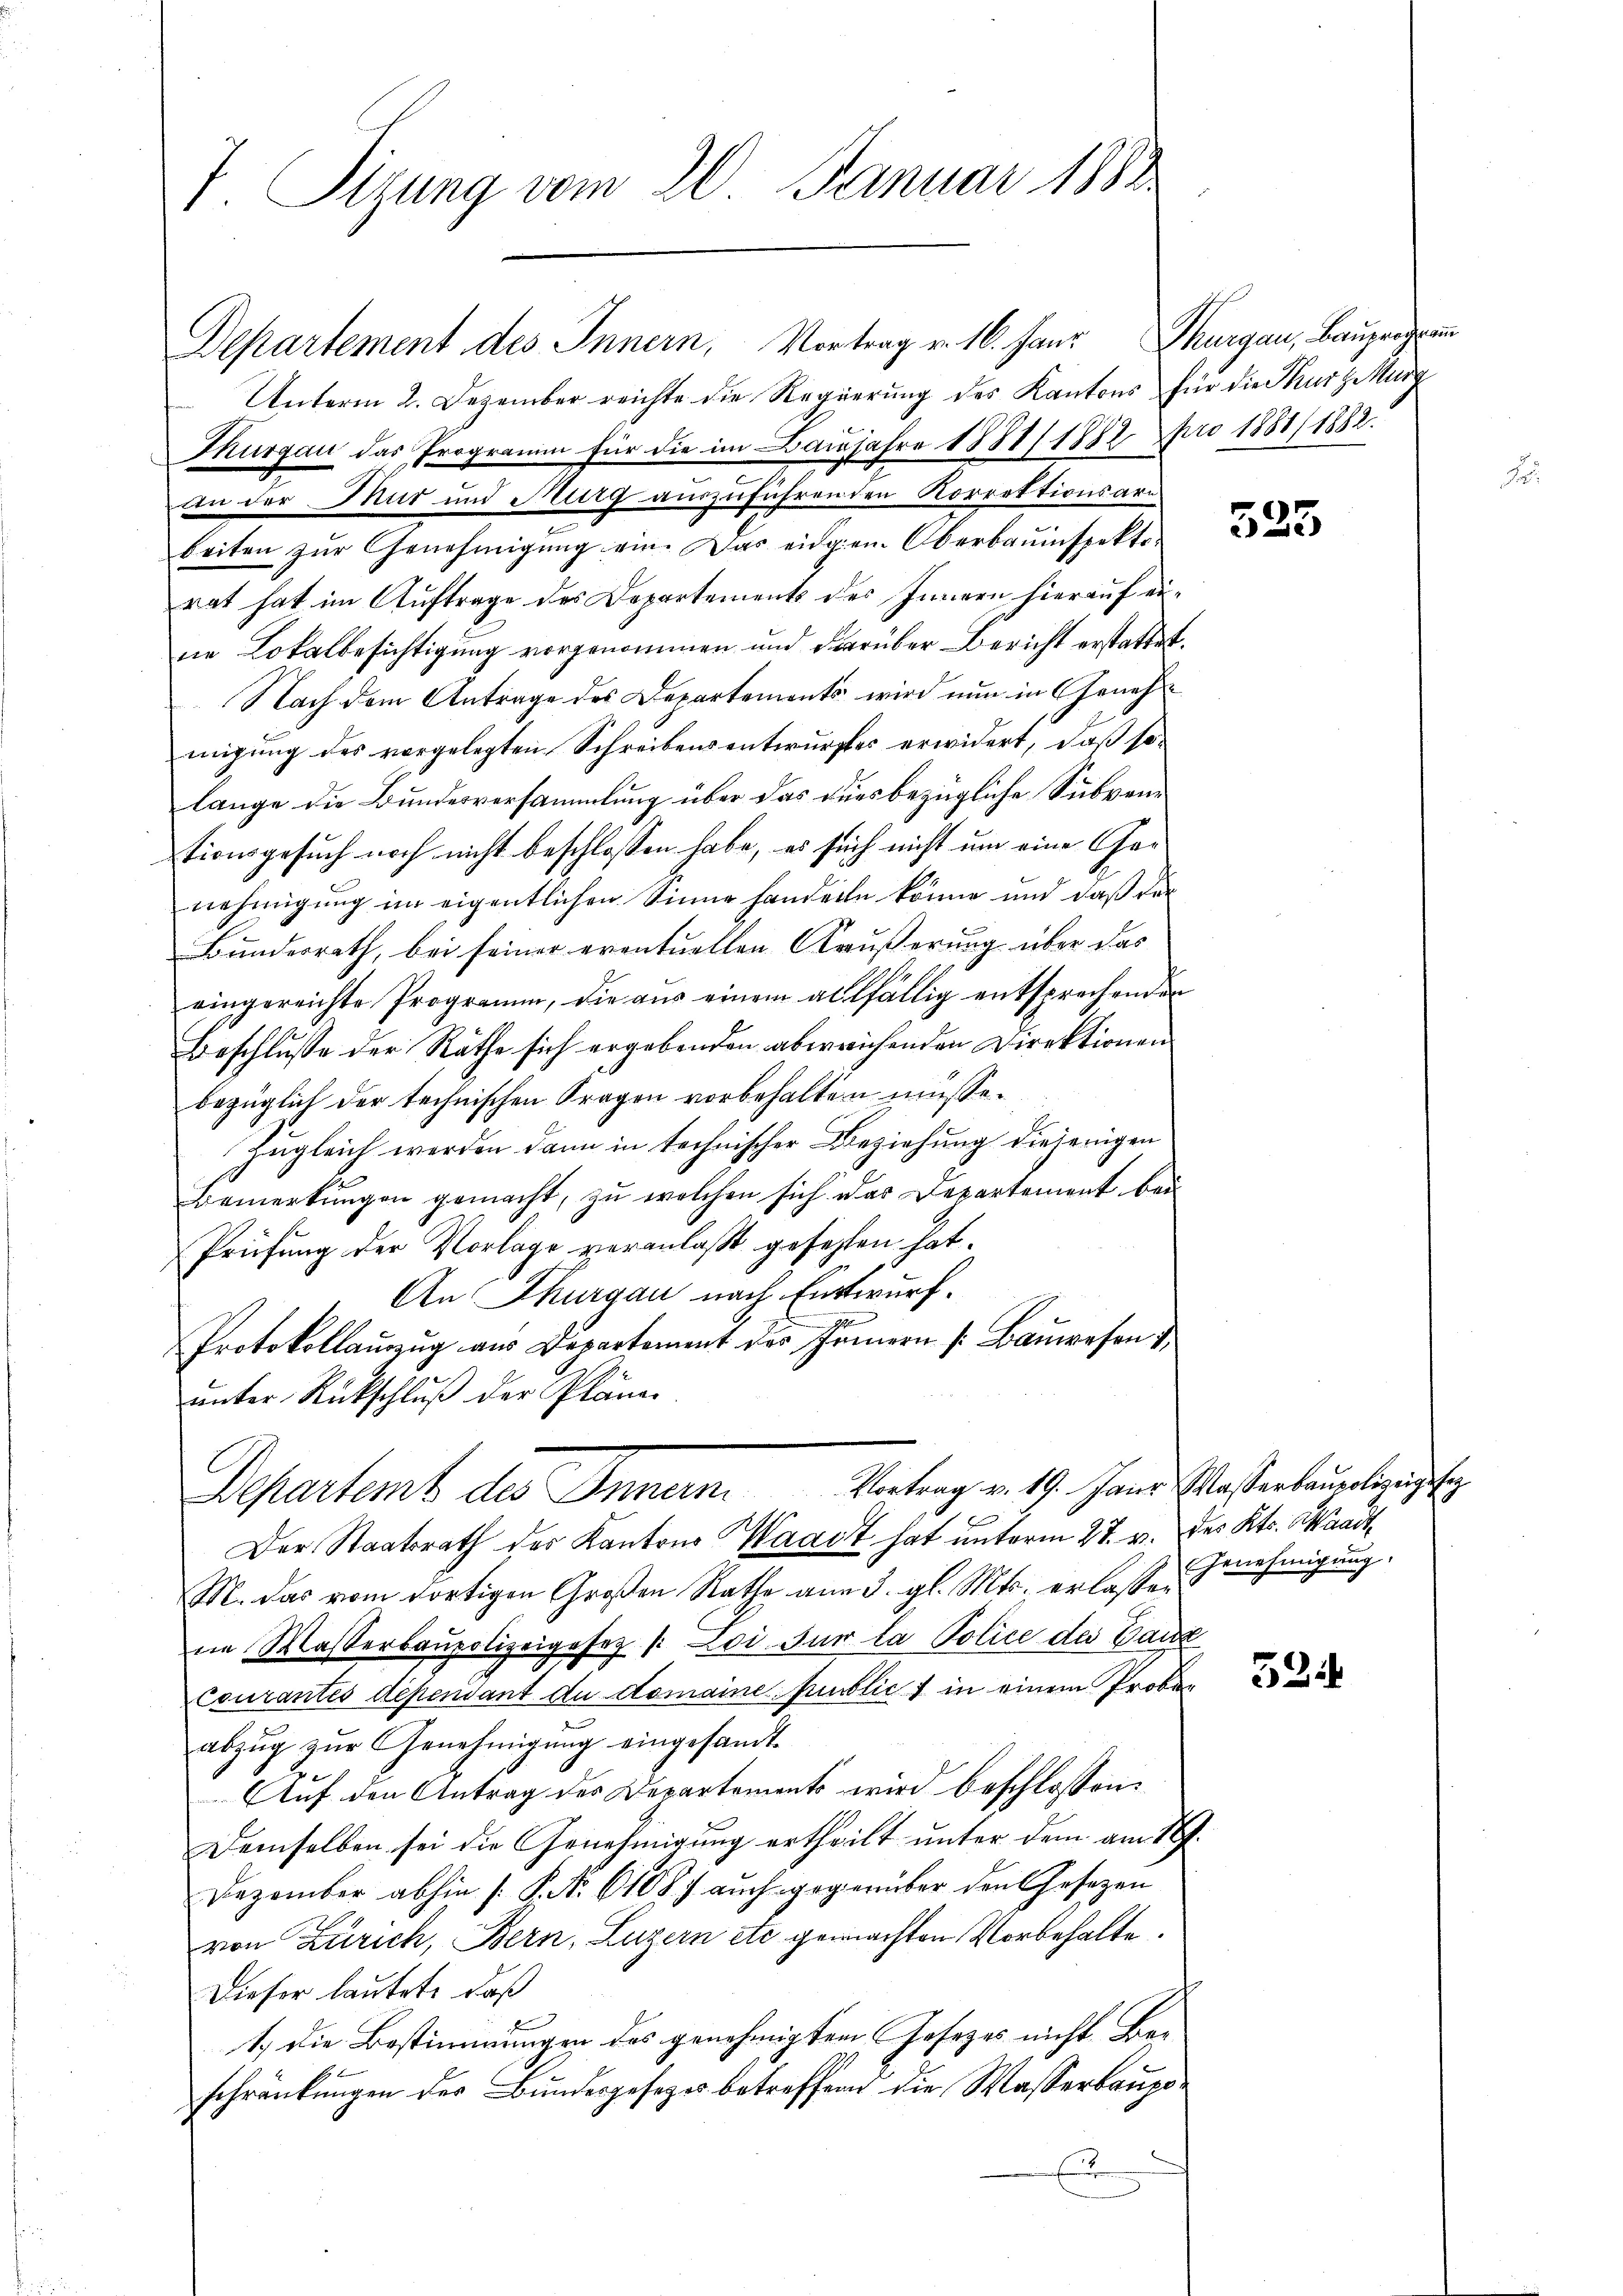
7 Sizung vom 20. Januar 1882

Departement des Innern, Vortrag v. 16. Haus Thurgau, Bauprogramm
Unterm 2. Dezember reichte die Regierung des Kantons für die ThurzMurg
Thurgau das Programm für die im Baujahre 1881/1882 pro 1881/ 1882.
An der Mut und Kurg auszuführenden Korrektionsari
beiten zŭr Genehmigŭng ein. Das eidgen. Oberbauinspektorat hat im Auftrage des Departements des Innern hierauf eine Lokalbesichtigung vorgenommen und darüber Bericht erstattet.
Nach dem Antrage des Departements wird nun in Genehme
migung des vorgelegten Schreibensentwurfes erwidert, daß solange die Bundesversammlung über das dues bezügliche Subventionsgesuch noch nicht beschlossen habe, es sich nicht um eine Garnehmigung im eigentlichen Sinne handeln könne und daß der
Bundesrath, bei seiner eventuellen Käußerung über das
eingereichte Programm, die aus einem allfällig entsprechenden
Beschlusse der Räthe sich ergebenden aberrichenden Direktionen
bezüglich der technischen Fragen vorbehalten müsse.
Zugleich werden dann in technischer Beziehung diejenigen
Bemerkungen gemacht, zu welchen sich das Departement bei
Prüfung der Vorlage veranlaßt gesehen hat.
An Thurgau nach Entwurf.
10
Protokollaŭszŭg aŭs Departement des Innern s. Baŭwesen
ŭnter Rückschluß der Pläne.
Departent des Innum. Vertrag v. 17. Jans Waßerbauerleistis
Der Staatsrath der Kantons Waadt hat unterm 27. v. des Kts. Waadt
M. das vom dortigen Großen Rathe am 3. gl. Mts. erlassen
ne Wasserbaupolizeigesez /: Loi sur la Police des Ganze
Courantes dependant du domaine Public 1 in einem Probeabzug zur Genehmigung eingesandt.
Auf den Antrag des Departements wird beschlossen:
Demselben sei die Genehmigung ertheilt unter dem am 18
Dezember abhin /: P. Nr. 61887 auch gegenüber den Gesetzen
von Zürich, Bern, Luzern etc. gemachten Vorbehalte.
Dieser lautete daß
1.) Die Bestimmungen des genehmigten Gesetzes nicht Beschränkungen der Bundesgesetzer betreffend die Wasserbaupo¬
E

523

Genehmigung:

524